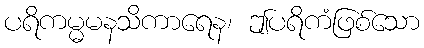
ပရိကမ္မမနသိကာရေန၊ ဤပရိကံဖြစ်သော